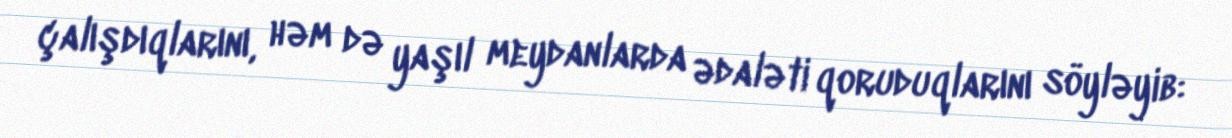
çalışdıqlarını, həm də yaşıl meydanlarda ədaləti qoruduqlarını söyləyib: